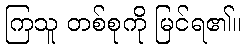
ကြသူ တစ်စုကို မြင်ရ၏။